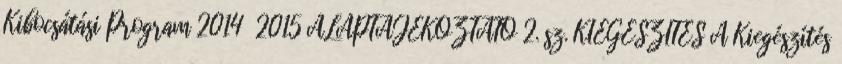
Kibocsátási Program 2014 2015 ALAPTÁJÉKOZTATÓ 2. sz. KIEGÉSZÍTÉS A Kiegészítés